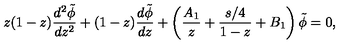
z ( 1 - z ) { \frac { d ^ { 2 } \tilde { \phi } } { d z ^ { 2 } } } + ( 1 - z ) { \frac { d \tilde { \phi } } { d z } } + \left( { \frac { A _ { 1 } } { z } } + { \frac { s / 4 } { 1 - z } } + B _ { 1 } \right) \tilde { \phi } = 0 ,